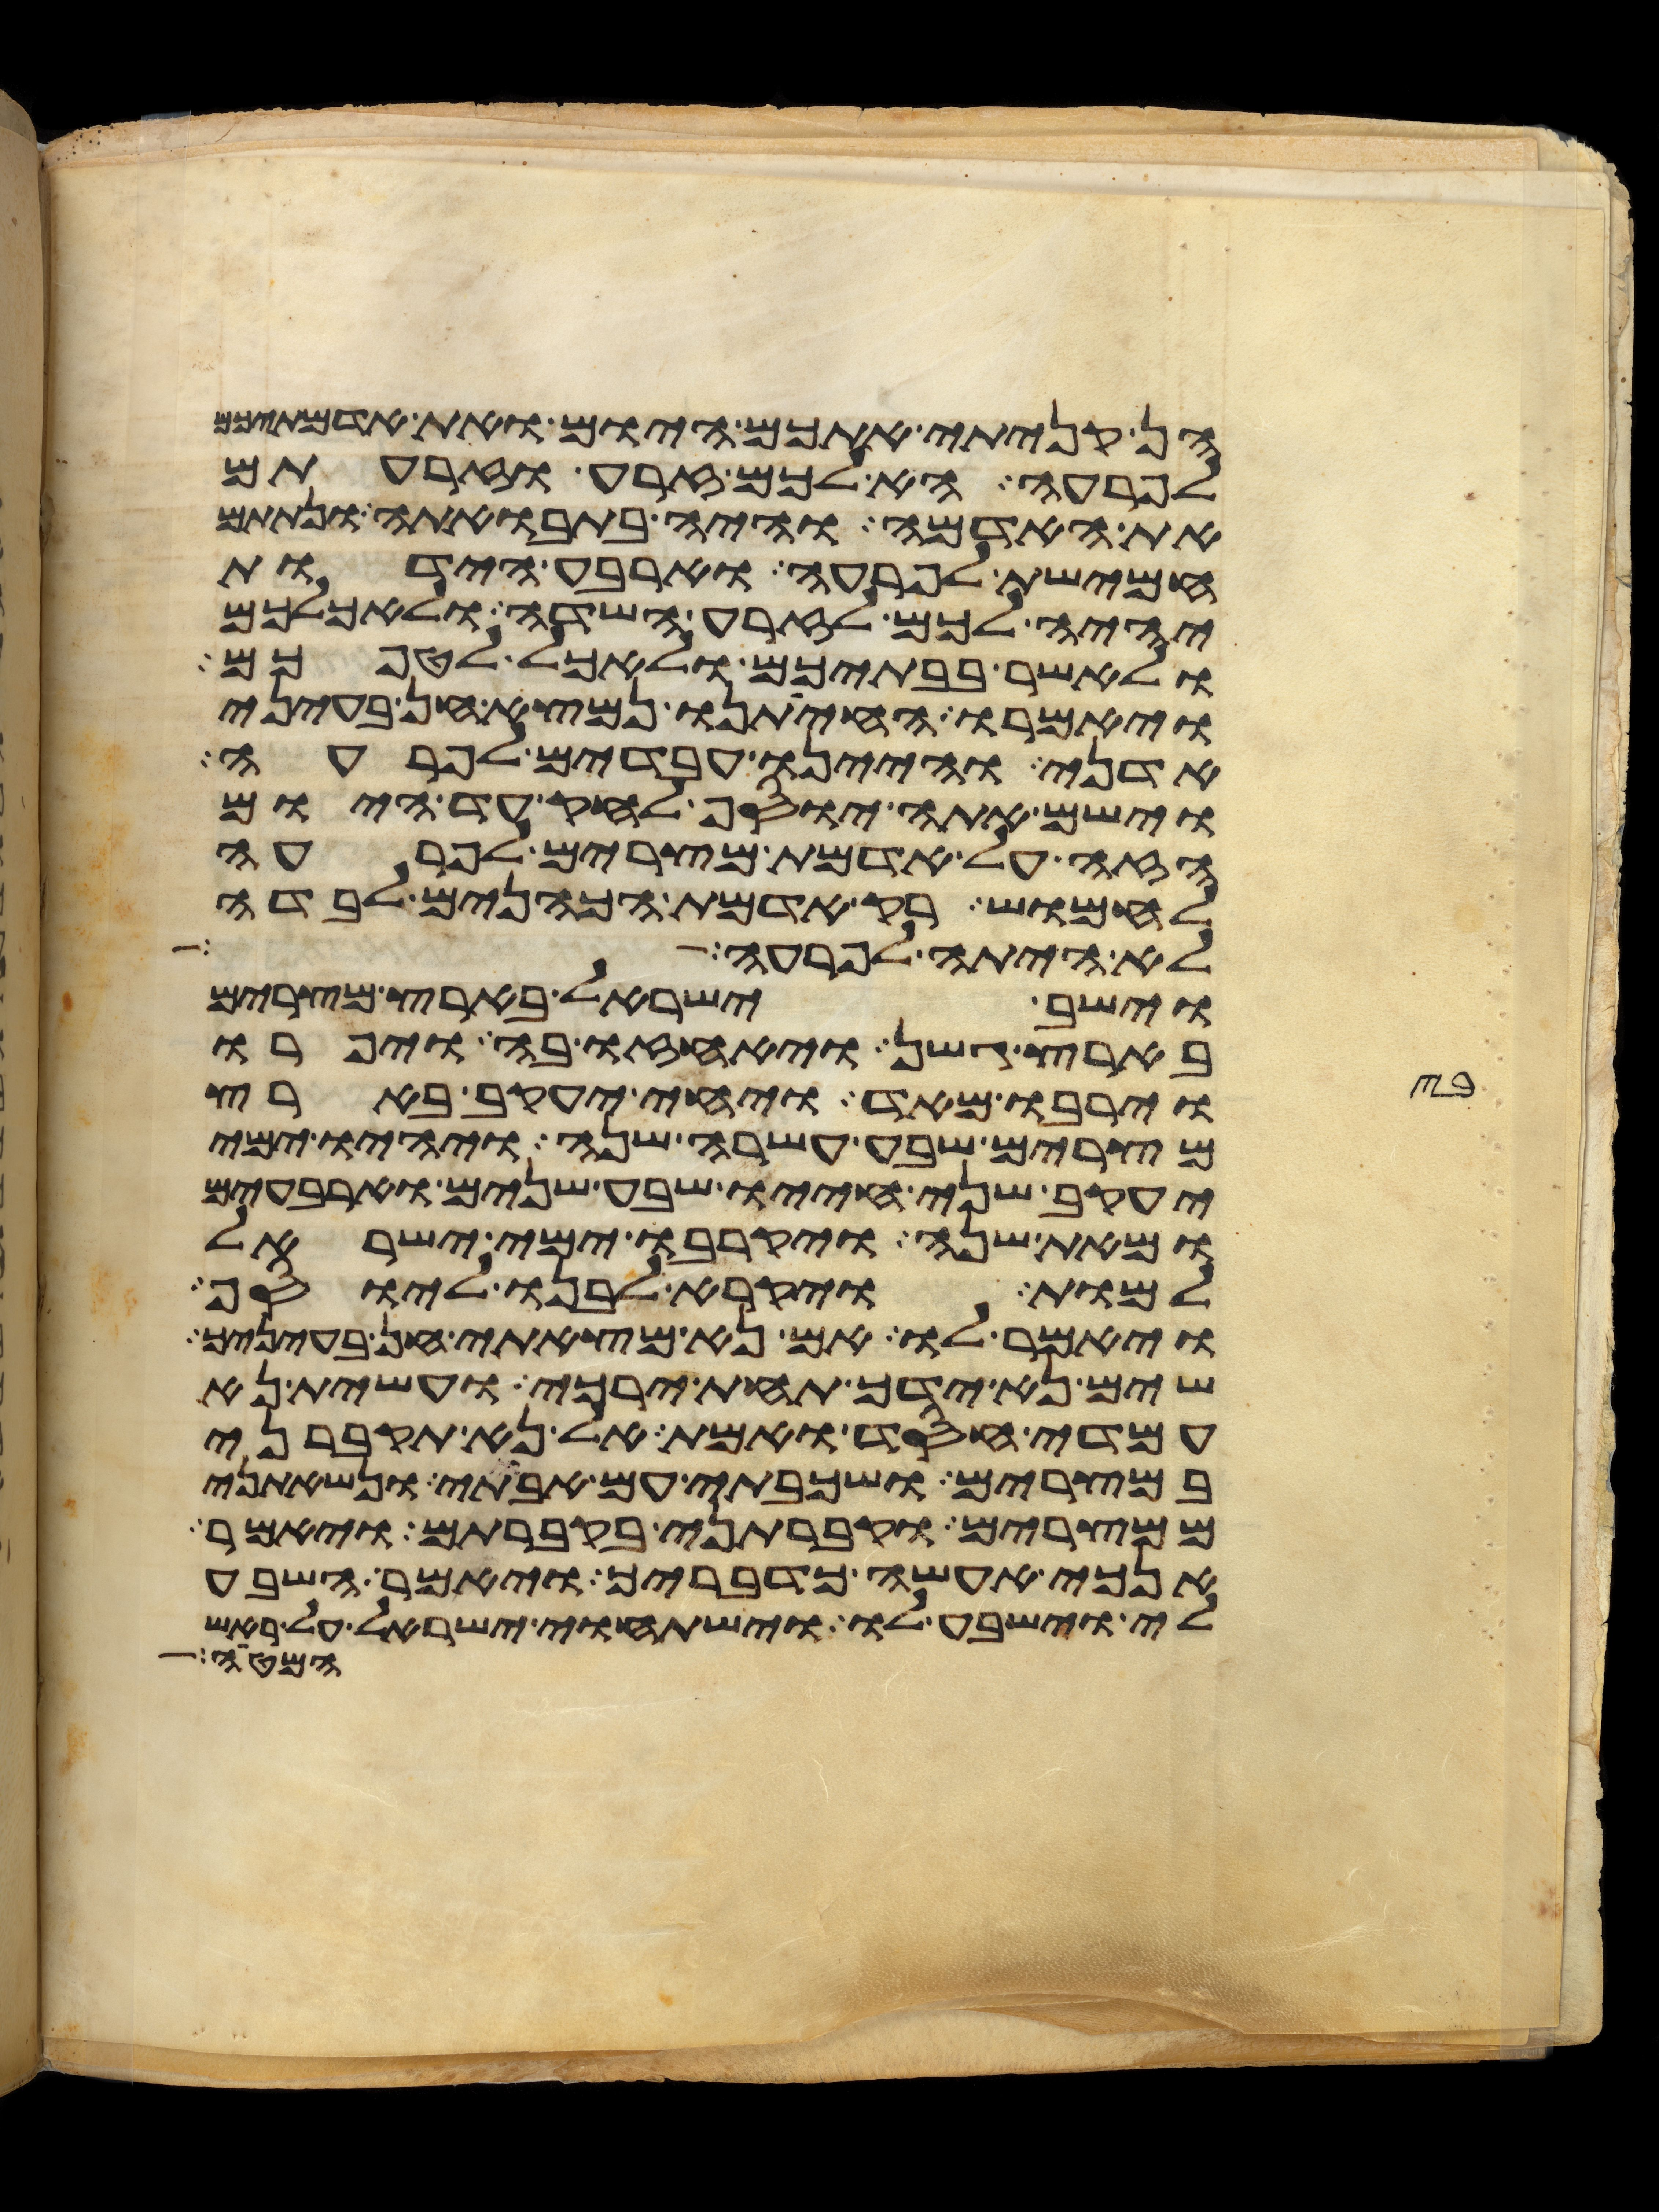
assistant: הן קניתי אתכם היום ואת אדמתיכם
לפרעה הא לכם זרע וזרעתם
את האדמה והיה בתבואתה ונתתם
חמישת לפרעה וארבע הידות
יהיה לכם לזרע השדה ולאכלכם
ולאשר בבתיכם ולאכל לטפכם
ויאמרו החיתנו נמצא חן בעיני
אדני והיינו עבדים לפרעה
וישם אתה יוסף לחק עד היום
הזה על אדמת מצרים לפרעה
לחמוש רק אדמת הכהנים לבדה
לא היתה לפרעה
וישב ישראל בארץ מצרים
בארץ גשן ויאחזו בה ויפרו
וירבו מאד ויחי יעקב בארץ
מצרים שבע עשרה שנה ויהיו ימי
יעקב שני חייו שבע שנים וארבעים
ומאת שנה ויקרבו ימי ישראל
למות ויקרא לבנו ליוסף
ויאמר לו אם נא מצאתי חן בעיניך
שים נא ידך תחת ירכי ועשית נא
עמדי חסד ואמת אל נא תקברני
במצרים ושכבתי עם אבתי ונשאתני
ממצרים וקברתני בקברתם ויאמר
אנכי אעשה כדבריך ויאמר השבע
לי וישבע לו וישתחוי ישראל על ראש
המטה